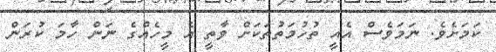
ކަމަށެވެ. ނަމަވެސް އެއީ ތުހުމަތުތަކަށް ވާތީ އެ މީހެއްގެ ނަން ހާމަ ކުރަން